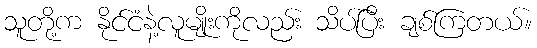
သူတို့က နိုင်ငံနဲ့လူမျိုးကိုလည်း သိပ်ပြီး ချစ်ကြတယ်။